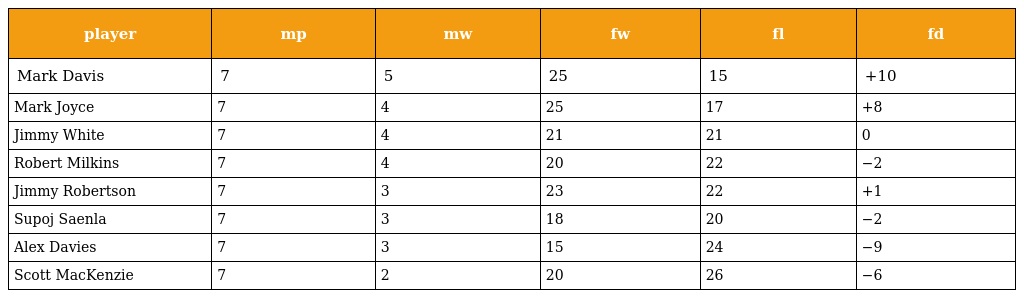
| player | mp | mw | fw | fl | fd |
 | --- | --- | --- | --- | --- | --- |
 | Mark Davis | 7 | 5 | 25 | 15 | +10 |
 | Mark Joyce | 7 | 4 | 25 | 17 | +8 |
 | Jimmy White | 7 | 4 | 21 | 21 | 0 |
 | Robert Milkins | 7 | 4 | 20 | 22 | −2 |
 | Jimmy Robertson | 7 | 3 | 23 | 22 | +1 |
 | Supoj Saenla | 7 | 3 | 18 | 20 | −2 |
 | Alex Davies | 7 | 3 | 15 | 24 | −9 |
 | Scott MacKenzie | 7 | 2 | 20 | 26 | −6 |